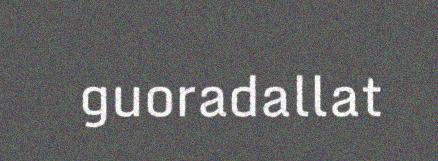
guoradallat